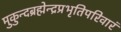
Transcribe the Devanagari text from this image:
मुकुन्दब्रह्मेन्द्रप्रभृतिपरिवारं